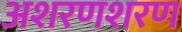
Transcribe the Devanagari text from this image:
अशरणशरण